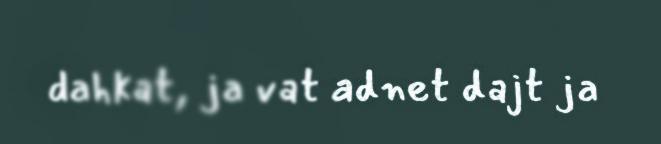
dahkat, ja vat adnet dajt ja